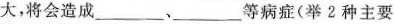
大，将会造成___、___等病症(举2种主要